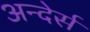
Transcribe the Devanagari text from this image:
अन्देर्स